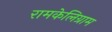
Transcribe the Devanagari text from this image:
रामकेलिग्राम